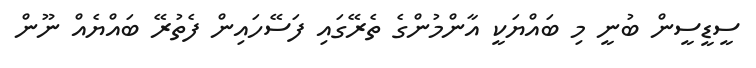
ސީޑީސީން ބުނީ މި ބައްޔަކީ އާންމުންގެ ތެރޭގައި ފަސޭހައިން ފެތުރޭ ބައްޔެއް ނޫން